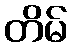
တိမ်